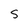
Character: S